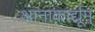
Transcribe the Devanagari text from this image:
आनाकार्द्यूम्